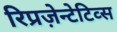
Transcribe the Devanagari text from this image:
रिप्रज़ेन्टेटिव्स